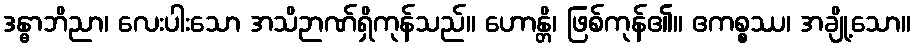
ဒန္ဓာဘိညာ၊ လေးပါးသော အသိဉာဏ်ရှိကုန်သည်။ ဟောန္တိ၊ ဖြစ်ကုန်၏။ ဧကစ္စဿ၊ အချို့သော။